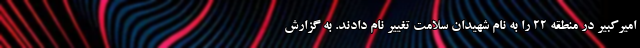
امیرکبیر در منطقه ۲۲ را به نام شهیدان سلامت تغییر نام دادند. به گزارش